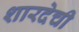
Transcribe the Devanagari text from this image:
शारदेची